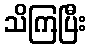
သိကြပြီး